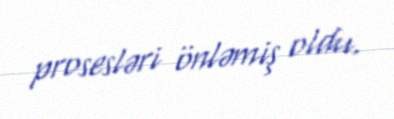
prosesləri önləmiş oldu.